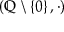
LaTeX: \left( \mathbb { Q } \setminus \left\{ 0 \right\} , \cdot \right)